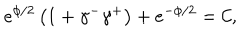
e ^ { \phi / 2 } \left( 1 + \gamma ^ { - } \gamma ^ { + } \right) + e ^ { - \phi / 2 } = \mathcal { C } ,